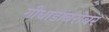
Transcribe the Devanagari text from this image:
गीधाडांबरोबर